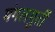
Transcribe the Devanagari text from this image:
मंगलमुर्ती